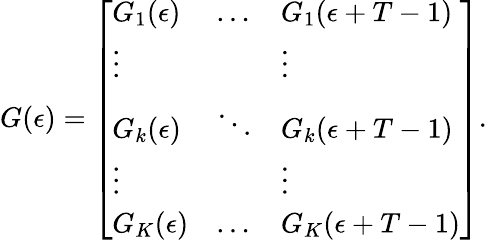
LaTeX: G(\epsilon)=\left[\begin{array}{lll}{G_{1}(\epsilon)}&{\dots}&{G_{1}(\epsilon+T-1)}\\ {\vdots}&&{\vdots}\\ {G_{k}(\epsilon)}&{\ddots}&{G_{k}(\epsilon+T-1)}\\ {\vdots}&&{\vdots}\\ {G_{K}(\epsilon)}&{\dots}&{G_{K}(\epsilon+T-1)}\end{array}\right].